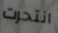
انتحرت